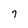
Character: 7